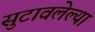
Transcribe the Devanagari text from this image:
सुटावलेल्या